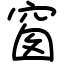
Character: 窗